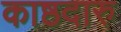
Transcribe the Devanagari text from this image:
काष्ठदारु